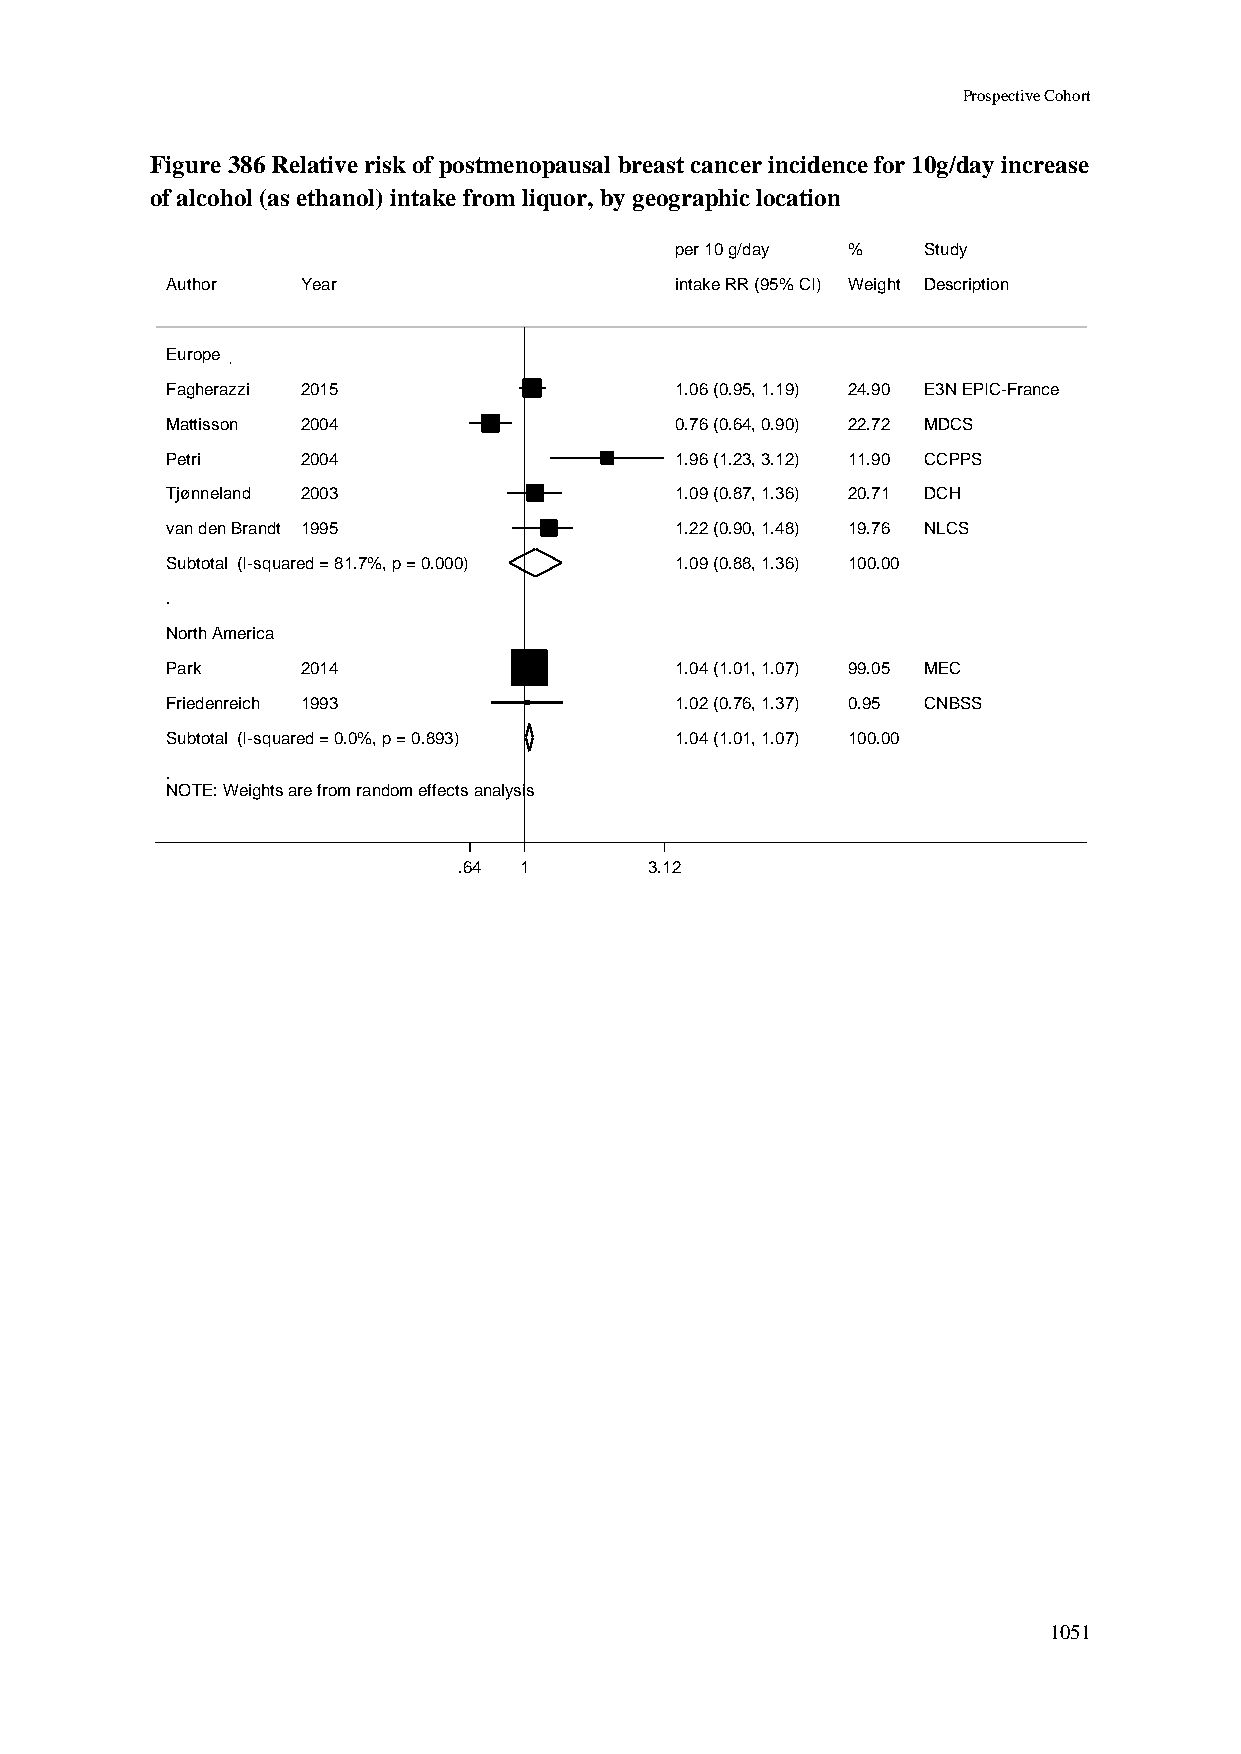
Prospective Cohort
 Figure 386 Relative risk of postmenopausal breast cancer incidence for 10g/day increase
 of alcohol (as ethanol) intake from liquor, by geographic location
 ppeerr 1100 gg//ddaayy %% Study
 Author   Year                     iinnttaakkee RRRR ((9955%% CCII)) WWeeiigghhtt Description
 Europe
 Fagherazzi 2015                   11..0066 ((00..9955,, 11..1199)) 2244..9900 E3N EPIC-France
 Mattisson 2004                    00..7766 ((00..6644,, 00..9900)) 2222..7722 MDCS
 Petri    2004                     11..9966 ((11..2233,, 33..1122)) 1111..9900 CCPPS
 Tjønneland 2003                   11..0099 ((00..8877,, 11..3366)) 2200..7711 DCH
 van den Brandt 1995               11..2222 ((00..9900,, 11..4488)) 1199..7766 NLCS
 Subtotal (I-squared = 81.7%, p = 0.000) 11..0099 ((00..8888,, 11..3366)) 110000..0000
 .
 North America
 Park     2014                     11..0044 ((11..0011,, 11..0077)) 9999..0055 MEC
 Friedenreich 1993                 11..0022 ((00..7766,, 11..3377)) 00..9955 CNBSS
 Subtotal (I-squared = 0.0%, p = 0.893) 11..0044 ((11..0011,, 11..0077)) 110000..0000
 .
 NOTE: Weights are from random effects analysis
 .64 11       3.12
 1051